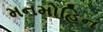
મનમોહિન